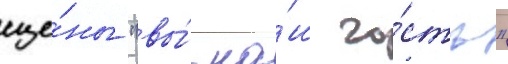
сце́ны "вы́ на́ш го́сть"